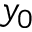
y _ { 0 }